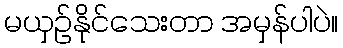
မယှဉ်နိုင်သေးတာ အမှန်ပါပဲ။